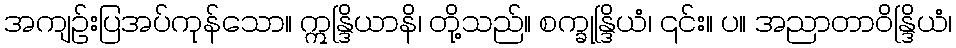
အကျဉ်းပြအပ်ကုန်သော။ ဣန္ဒြိယာနိ၊ တို့သည်။ စက္ခုန္ဒြိယံ၊ ၎င်း။ ပ။ အညာတာဝိန္ဒြိယံ၊